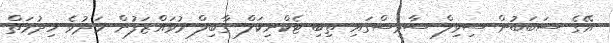
އޭގެ ސަބަބުން ސިވިލް ސާވިސްގައި ތިބި ޓެކްނިކަލް ގާބިލް މުވައްޒަފުން މަދުވެ ހިދުމަތް